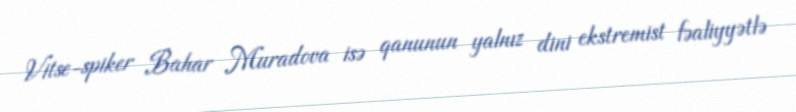
Vitse-spiker Bahar Muradova isə qanunun yalnız dini ekstremist fəaliyyətlə